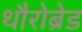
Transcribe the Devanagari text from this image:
थौरोब्रेड